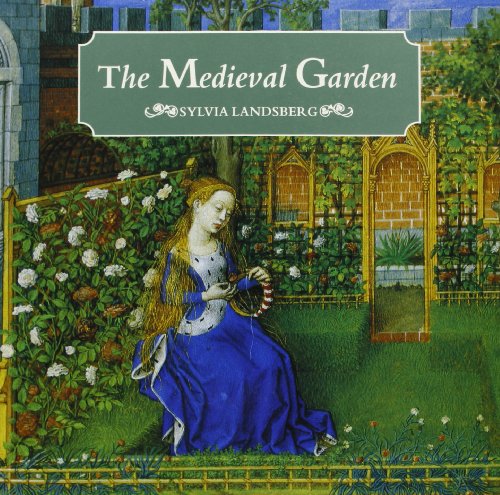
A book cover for The Medieval Garden; Sylvia Landsberg; Crafts, Hobbies & Home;